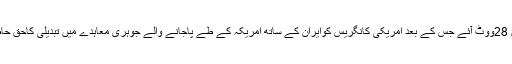
کانگریس میں رائے شماری کے وقت بل کے حق میں 400ووٹ جبکہ مخالفت میں 28ووٹ آئے جس کے بعد امریکی کانگریس کوایران کے ساتھ امریکہ کے طے پاجانے والے جوہری معاہدے میں تبدیلی کاحق حاصل ہوگیاہے جبکہ بل منظوری کے لئے امریکی صدرباراک اومابا کوبھجوادیاہے ۔